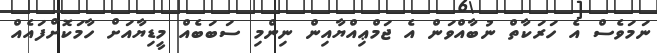
ނަމަވެސް އެ ހަރަކާތް ނުބާއްވަން އެ ޖަމްޢިއްޔާއިން ނިންމި ސަބަބެއް މީޑިޔާއަށް ހާމަކޮށްފައެއް